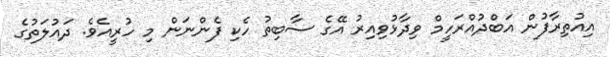
އިއުތިރާފުން އަބްދުއްރަހީމް ވިދާޅުވިއިރު އޭގެ ސާބިތު ހެކި ފެންނަން މި ހުރީއެވެ. ދައުލަތުގެ